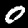
Digit: 0